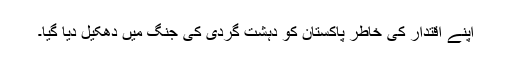
اپنے اقتدار کی خاطر پاکستان کو دہشت گردی کی جنگ میں دھکیل دیا گیا۔